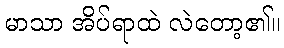
မာသာ အိပ်ရာထဲ လဲတော့၏။